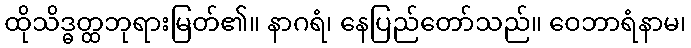
ထိုသိဒ္ဓတ္ထဘုရားမြတ်၏။ နာဂရံ၊ နေပြည်တော်သည်။ ဝေဘာရံနာမ၊